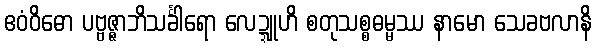
ဧဝံဝိဓော ပဗ္ဗဇ္ဇာဘိသင်္ခါရော လေဍ္ဍူဟိ စတုသစ္စဓမ္မဿ နာမော သေခဗလာနိ